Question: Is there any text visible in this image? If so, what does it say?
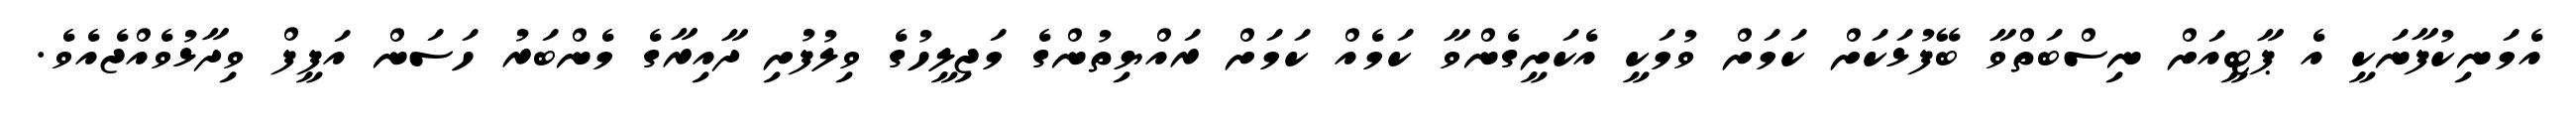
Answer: އެމަނިކުފާނަކީ އެ ޕާޓީއަށް ނިސްބަތްވާ ބޭފުޅަކަށް ކަމަށް ވުމަކީ އެކަށީގެންވާ ކަމެއް ކަމަށް ރައްޔިތުންގެ މަޖިލީހުގެ ވިލުފުށި ދާއިރާގެ މެންބަރު ހަސަން އަފީފް ވިދާޅުވެއްޖެއެވެ.